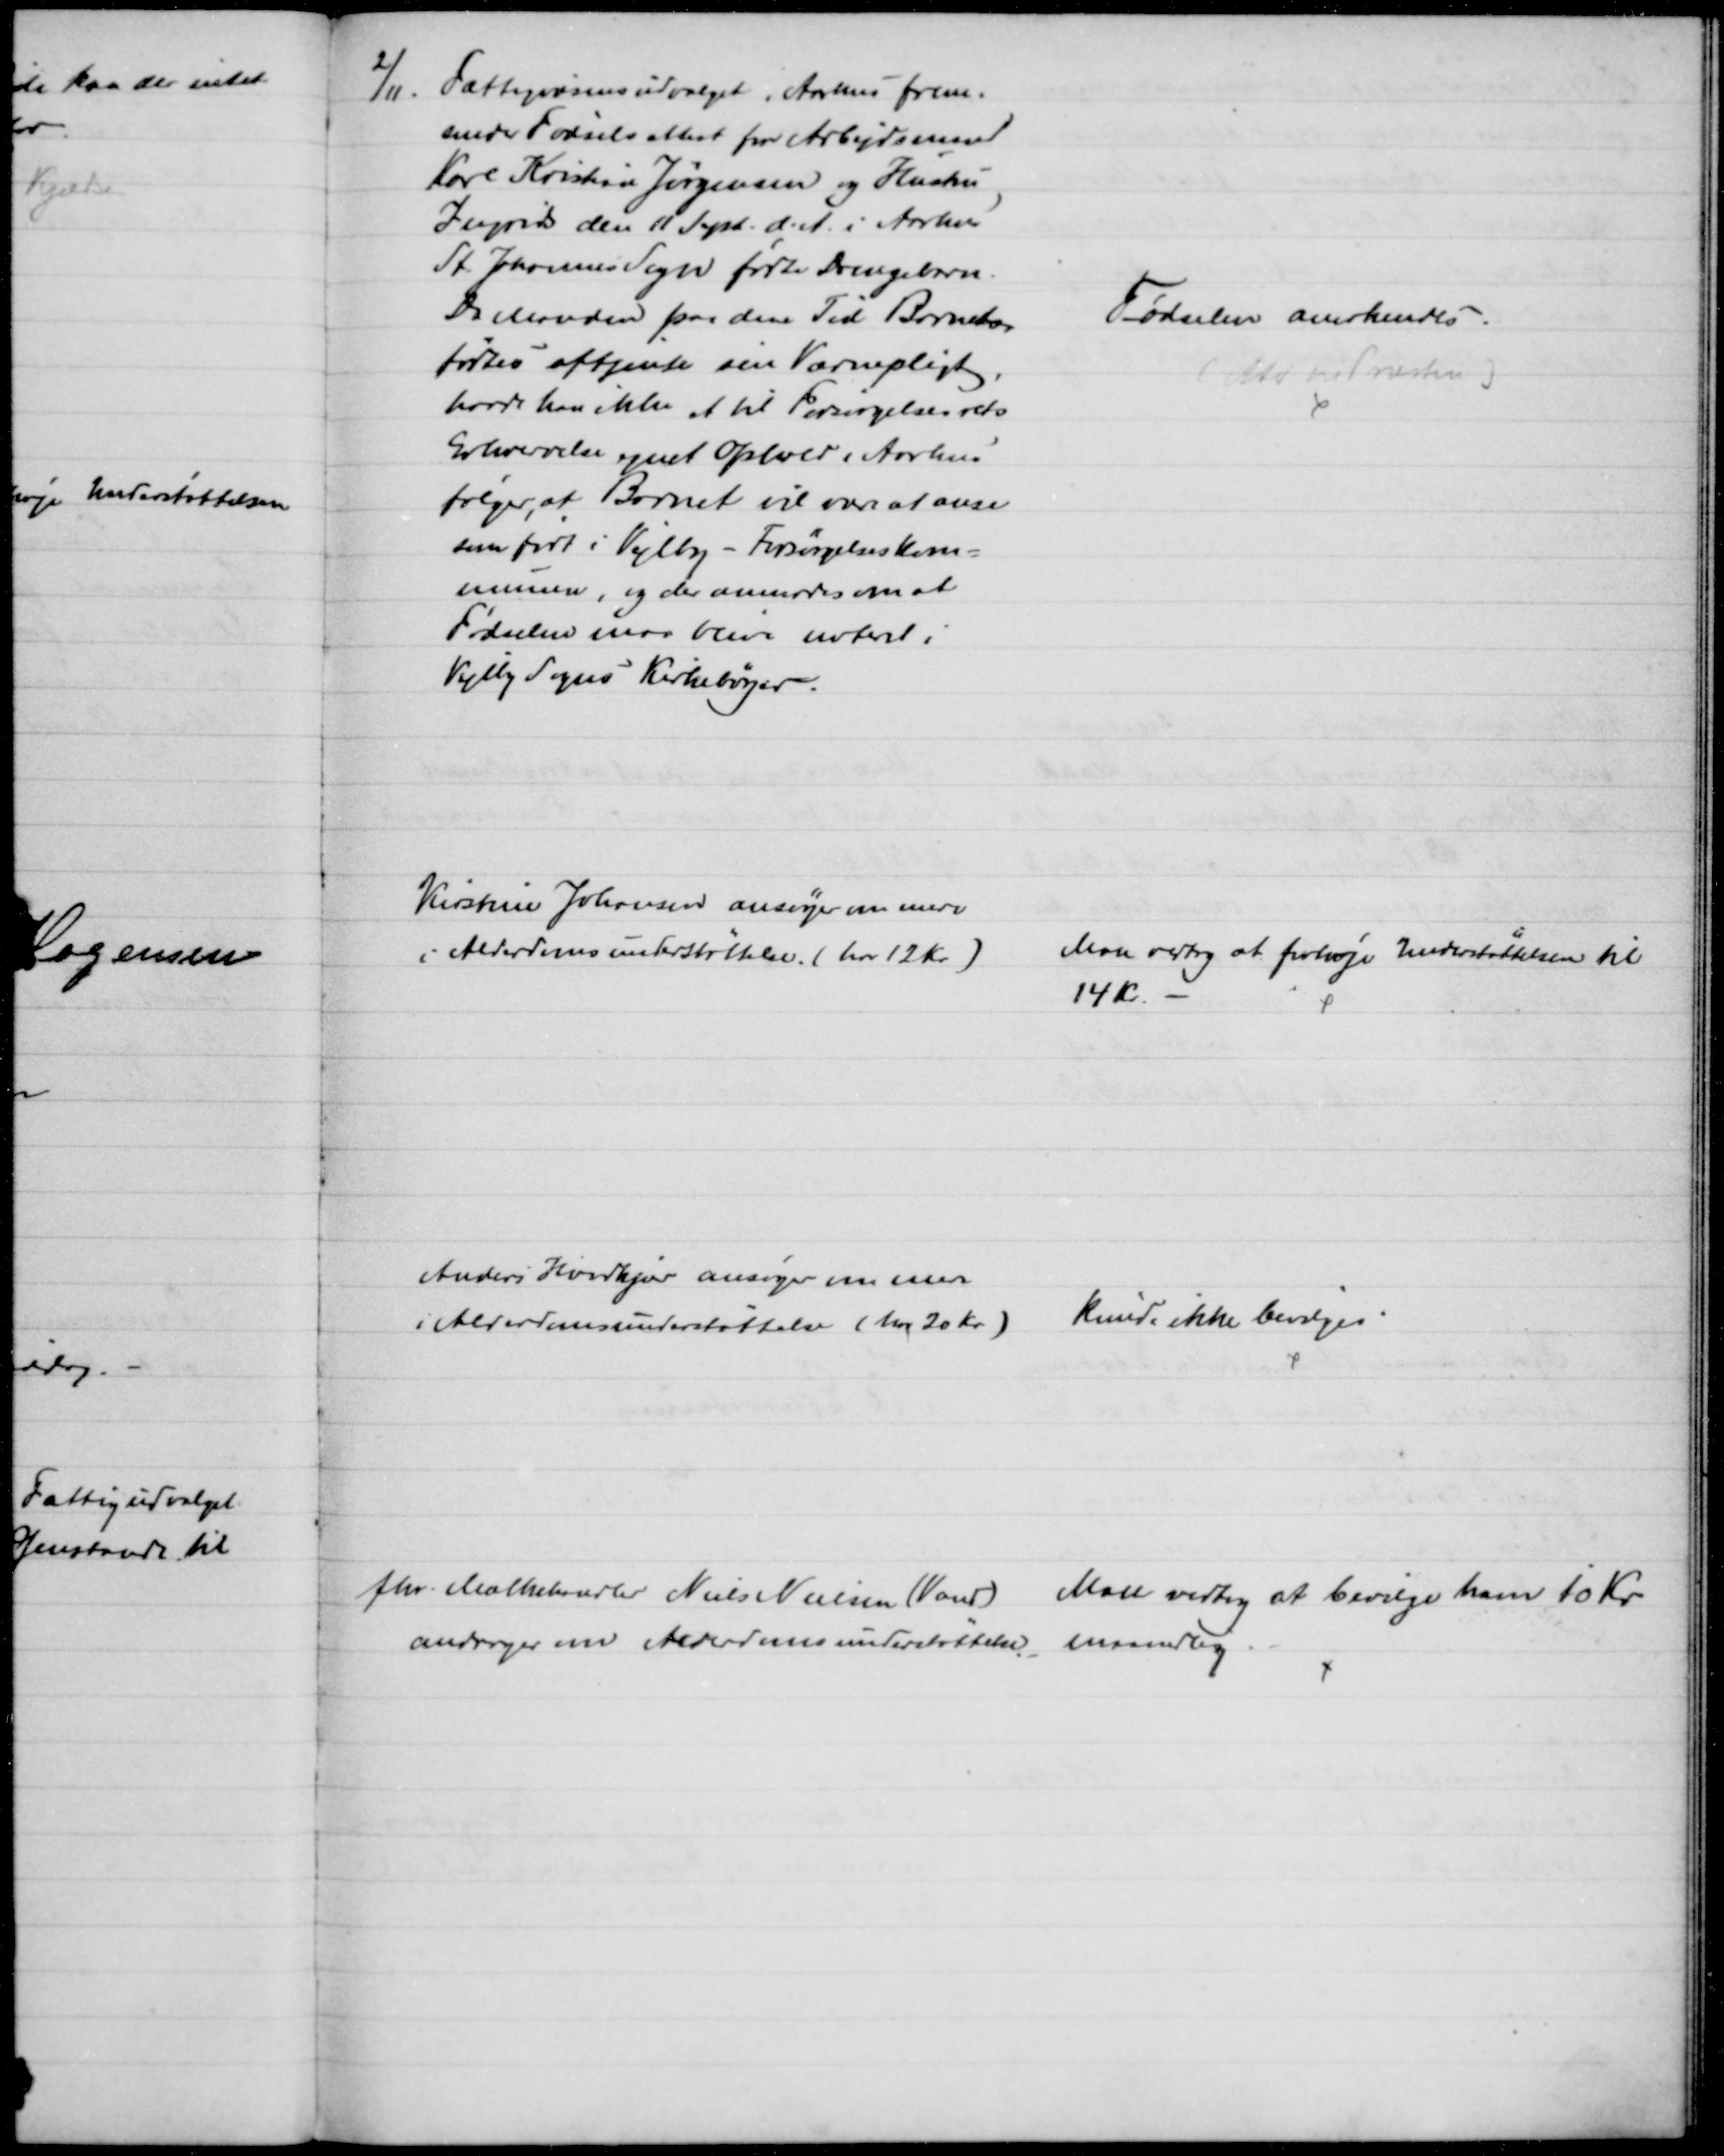
Transskription:
2/11. Fattigvæsensudvalget, Aarhus frem-
sender Fødselsattest for Arbejdsmand
Karl Kristian Jørgensen og Hustru
Ingrids den 11 Sept. d. A. i Aarhus
St. Johannes Sogn fødte Drengebarn
Da Manden paa den Tid Barnet
fødtes aftjente sin Værnepligt,
havde han ikke et til Forsørgelsesrets
Erhvervelse egnet Ophold i Aarhus
følger, at Barnet vil være at anse
som født i Vejlby - Forsørgelseskom-
munen, og der anmodes om at
Fødselen maa blive noteret i
Vejlby Sogns Kirkebøger.
Fødselen anerkendes.
(Att til Præsten)
Kirstine Johansen ansøger om mere
i Alderdomsunderstøttelse. (har 12 Kr.)
Man vedtog at forhøje Understøttelsen til 
14 kr.
Anders Hvidkjær ansøger om mere
i Alderdomsunderstøttelse (har 20 Kr.)
Kunde ikke bevilges
fhv. Mælkehandler Niels Nielsen (Vand)
andrager om Alderdomsunderstøttelse 
Man vedtog at bevilge ham 10 Kr.
maanedlig